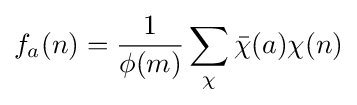
f_{a}(n)={\frac {1}{\phi (m)}}\sum _{\chi }{\bar {\chi }}(a)\chi (n)